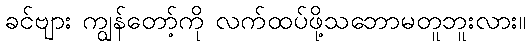
ခင်ဗျား ကျွန်တော့်ကို လက်ထပ်ဖို့သဘောမတူဘူးလား။